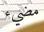
مضيء